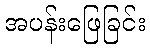
အပန်းဖြေခြင်း